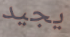
يجيد